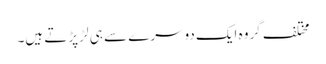
مختلف گروہ ایک دوسرے سے ہی لڑ پڑتے ہیں۔